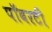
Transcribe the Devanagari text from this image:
पॉवरटी